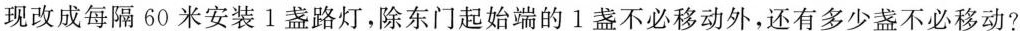
现改成每隔60米安装1盏路灯，除东门起始端的l盏不必移动外，还有多少盏不必移动?